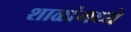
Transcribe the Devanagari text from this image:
शाळांमध्‍ये